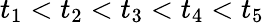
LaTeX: t_{1}<t_{2}<t_{3}<t_{4}<t_{5}